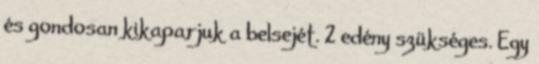
és gondosan kikaparjuk a belsejét. 2 edény szükséges. Egy